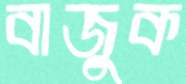
বাজুক